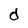
Character: d